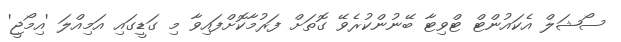
ސޯޝަލް އެކައުންޓް ޓްވިޓާ ބޭނުންކުރެވޭ ގޮތަށް ފަރުމާކޮށްފައިވާ މި ގަޑީގައި އަމިއްލަ 'އިމޯޖީ'